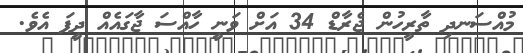
މުއްސަނދި ތާރީހުން ޖެރާޑް 34 އަށް ވަނީ ހާއްސަ ޖާގައެއް ދީފަ އެވެ.